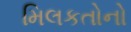
મિલકતોનો